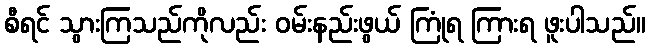
စီရင် သွားကြသည်ကိုလည်း ဝမ်းနည်းဖွယ် ကြုံရ ကြားရ ဖူးပါသည်။